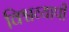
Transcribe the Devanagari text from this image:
विश्वव्‍यापी